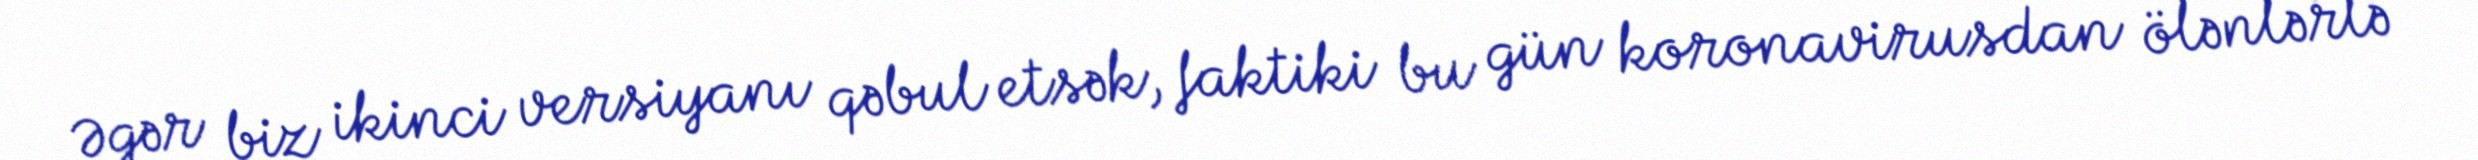
Əgər biz ikinci versiyanı qəbul etsək, faktiki bu gün koronavirusdan ölənlərlə